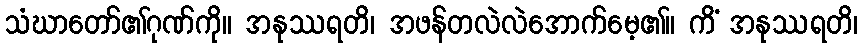
သံဃာတော်၏ဂုဏ်ကို။ အနုဿရတိ၊ အဖန်တလဲလဲအောက်မေ့၏။ ကိံ အနုဿရတိ၊